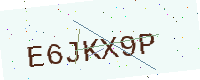
Text: E6JKX9P